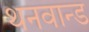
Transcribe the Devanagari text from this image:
थनवान्ड